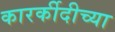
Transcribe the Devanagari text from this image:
कारर्कीदीच्या